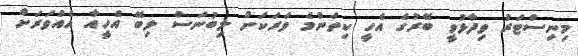
މިނިސްޓަރު ވިދާޅުވީ ބޭރުގެ އެހީ ކިތަންމެ ވަރަކަށް ލިބުނަސް ލިބޭ އެހީއާ އެއްވަރަށް